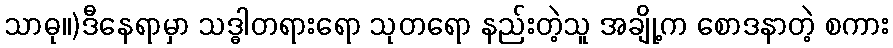
သာဓု။)ဒီနေရာမှာ သဒ္ဓါတရားရော သုတရော နည်းတဲ့သူ အချို့က စောဒနာတဲ့ စကား